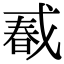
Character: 𢧔